Vaccination in Bombay 1889-1901 - 1889-1901
Year: 1889
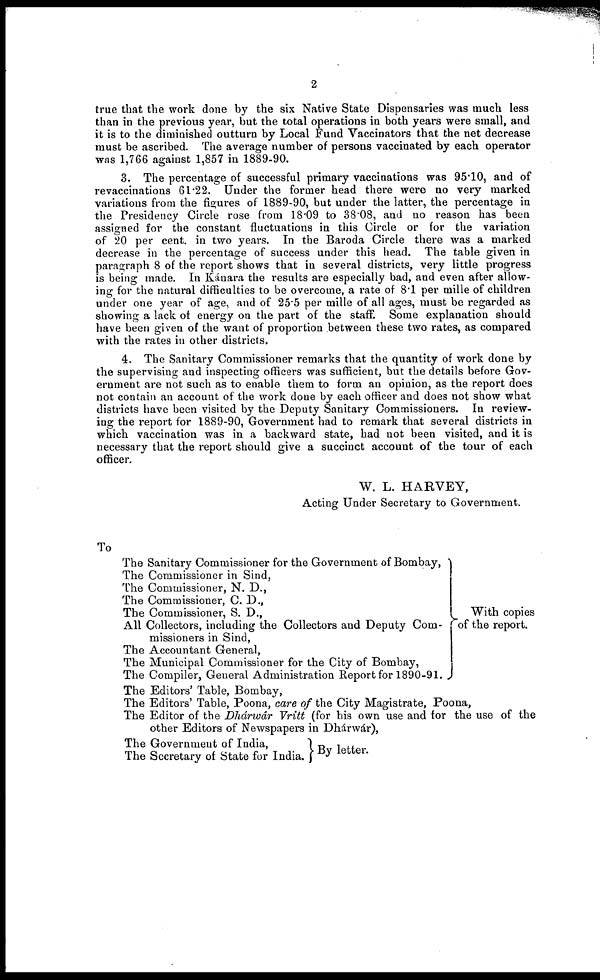
2
true that the work done by the six Native State Dispensaries was much less
than in the previous year, but the total operations in both years were small, and
it is to the diminished outturn by Local Fund Vaccinators that the net decrease
must be ascribed. The average number of persons vaccinated by each operator
was 1,766 against 1,857 in 1889-90.
3. The percentage of successful primary vaccinations was 95.10, and of
revaccinations 61.22. Under the former head there were no very marked
variations from the figures of 1889-90, but under the latter, the percentage in
the Presidency Circle rose from 18.09 to 38.08, and no reason has been
assigned for the constant fluctuations in this Circle or for the variation
of 20 per cent. in two years. In the Baroda Circle there was a marked
decrease in the percentage of success under this head. The table given in
paragraph 8 of the report shows that in several districts, very little progress
is being made. In Kánara the results are especially bad, and even after allow-
ing for the natural difficulties to be overcome, a rate of 8.1 per mille of children
under one year of age, and of 25.5 per mille of all ages, must be regarded as
showing a lack of energy on the part of the staff. Some explanation should
have been given of the want of proportion between these two rates, as compared
with the rates in other districts.
4. The Sanitary Commissioner remarks that the quantity of work done by
the supervising and inspecting officers was sufficient, but the details before Gov-
ernment are not such as to enable them to form an opinion, as the report does
not contain an account of the work done by each officer and does not show what
districts have been visited by the Deputy Sanitary Commissioners. In review-
ing the report for 1889-90, Government had to remark that several districts in
which vaccination was in a backward state, had not been visited, and it is
necessary that the report should give a succinct account of the tour of each
officer.
W. L. HARVEY,
Acting Under Secretary to Government.
To
The Sanitary Commissioner for the Government of Bombay,
The Commissioner in Sind,
The Commissioner, N. D.,
The Commissioner, C. D.,
The Commissioner, S. D.,
All Collectors, including the Collectors and Deputy Com-
missioners in Sind,
The Accountant General,
The Municipal Commissioner for the City of Bombay,
The Compiler, General Administration Report for 1890-91.
With copies
of the report.
The Editors' Table, Bombay,
The Editors' Table, Poona, care of the City Magistrate, Poona,
The Editor of the Dhárwár Vritt (for his own use and for the use of the
other Editors of Newspapers in Dhárwár),
The Government of India,
The Secretary of State for India. By letter.